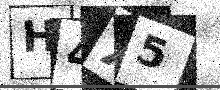
Text: H4X5